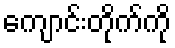
ကျောင်းတိုက်ကို